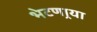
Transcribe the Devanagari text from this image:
भेटणार्‍या